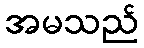
အမသည်